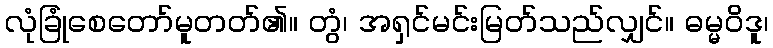
လုံခြုံစေတော်မူတတ်၏။ တွံ၊ အရှင်မင်းမြတ်သည်လျှင်။ ဓမ္မဝိဒူ၊